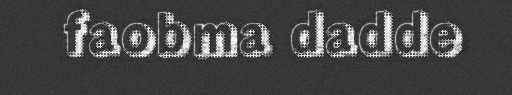
faobma dadde